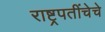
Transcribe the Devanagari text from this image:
राष्ट्रपतींचेचे